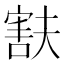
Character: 㝬